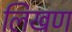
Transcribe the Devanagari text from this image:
लिखण